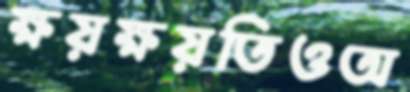
ক্ষয়ক্ষয়তিওঅ